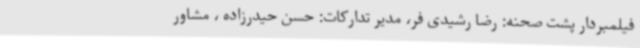
فیلمبردار پشت صحنه: رضا رشیدی فر، مدیر تدارکات: حسن حیدرزاده ، مشاور